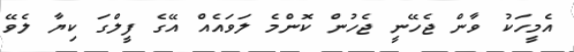
އެމީހަކު ވާން ޖެހޭނީ ޖެހުން ކޮންމެ ލަވައެއް އޭގެ ފީލްގަ ކިޔާ ލެވޭ